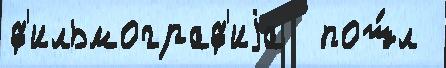
ф'ильмограф'иjа  пош́л